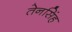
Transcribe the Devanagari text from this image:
तेनसिंह